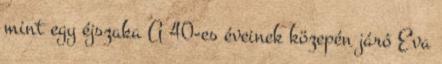
mint egy éjszaka A 40-es éveinek közepén járó Eva